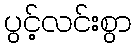
ပွင့်လင်းစွာ